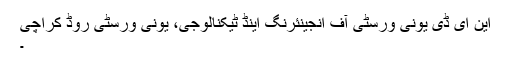
این ای ڈی یونی ورسٹی آف انجینئرنگ اینڈ ٹیکنالوجی، یونی ورسٹی روڈ کراچی
۔